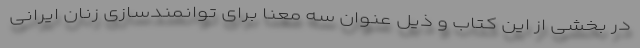
در بخشی از این کتاب و ذیل عنوان سه معنا برای توانمندسازی زنان ایرانی